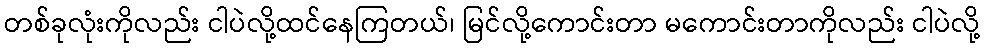
တစ်ခုလုံးကိုလည်း ငါပဲလို့ထင်နေကြတယ်၊ မြင်လို့ကောင်းတာ မကောင်းတာကိုလည်း ငါပဲလို့